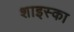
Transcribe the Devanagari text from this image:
शाइस्का